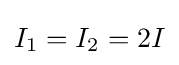
I_{1}=I_{2}=2I